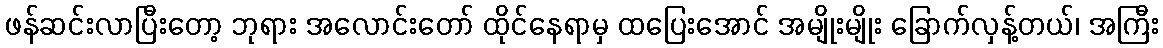
ဖန်ဆင်းလာပြီးတော့ ဘုရား အလောင်းတော် ထိုင်နေရာမှ ထပြေးအောင် အမျိုးမျိုး ခြောက်လှန့်တယ်၊ အကြီး